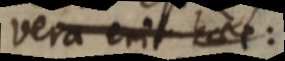
vera erit haec: